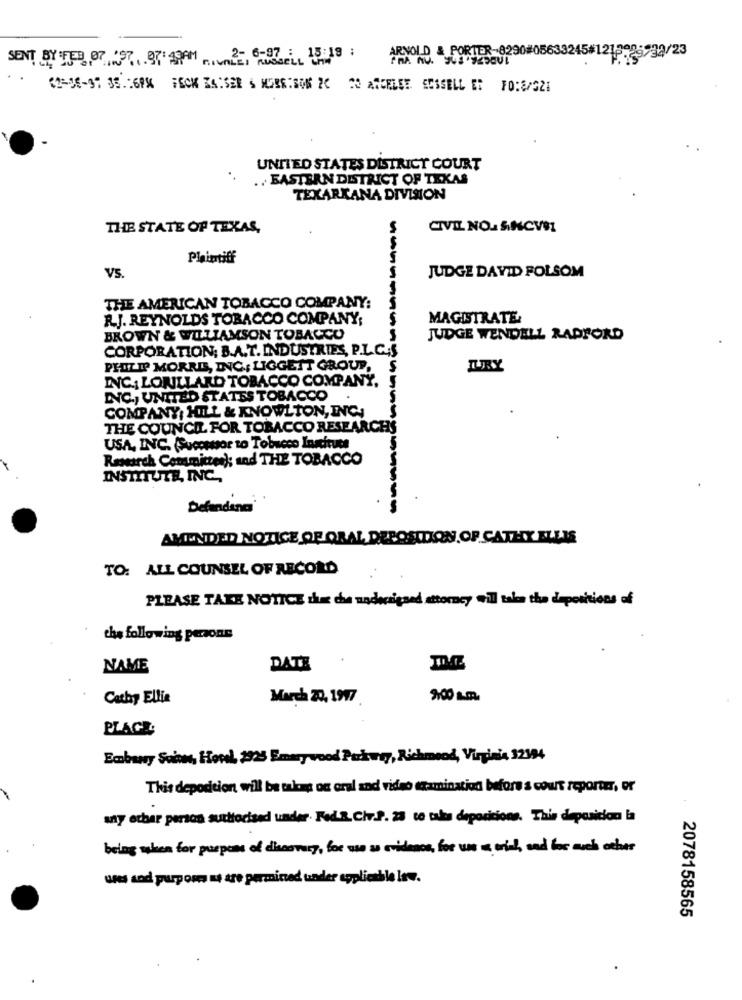
ARNOI D & PORTER-8290#05633245#1218925-32/23
SENT BY FER 97 7, 97:49AM TILE RUSSEL
$2-08-37 35 .: 6PM HECK KAISER & MORE:BOM 2C 20 ARCELEE SUSSELL E: FO:8/521
UNITED STATES DISTRICT COURT
.. EASTERN DISTRICT OF TEXAS
TEXARKANA DIVISION
THE STATE OF TEXAS,
CIVIL NO. SINCVBL
Plaintiff
JUDGE DAVID FOLSOM
VS.
THE AMERICAN TOBACCO COMPANY:
R.J. REYNOLDS TOBACCO COMPANY;
MAGISTRATE
BROWN & WILLIAMSON TOBACCO
--------
JUDGE WENDELL RADFORD
CORPORATION; B.A.T. INDUSTRIES, P.L.C.S
PHILIP MORRIS, INC; LIGGETT GROUP,
S
JURY
INC .; LORILLARD TOBACCO COMPANY,
INC ., UNITED STATES TOBACCO
COMPANY, HILL & KNOWLTON, INC,
THE COUNCIL FOR TOBACCO RESEARCHS
USA, INC. (Successor to Tobacco Instituts
Research Committee); and THE TOBACCO
INSTITUTE, INC.
Defandang'
AMENDED NOTICE OF ORAL DEPOSITION OF CATHY ELLIS
TO: ALL COUNSEL OF RECORD
PLEASE TAKE NOTICE the che nadertigand attorney will take the depositions of
the following persons
NAME
DATE
Cathy Ellie
March 20, 1997
PLACE
Embassy Suites, Hovel, 2925 Emerywood Parkway, Richmond, Virginia 32394
This deposition will be takes on oral and video examination before s court reporter, or
way echar person sudieciand under. Folk, Chv.P. 23 te tuku deposizione. This deposition la
being when for purpose of diasvary, for use as evidence, for use w with, and for such other
ures sod purpom us are permitted under applicable law.
2078158565